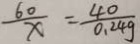
\frac { 6 0 } { x } = \frac { 4 0 } { 0 . 2 4 g }